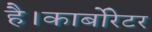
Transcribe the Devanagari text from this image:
है।कार्बोरेटर